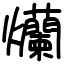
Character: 爤